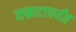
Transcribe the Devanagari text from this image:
सम्राटापर्यंत